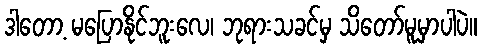
ဒါတော့ မပြောနိုင်ဘူးလေ၊ ဘုရားသခင်မှ သိတော်မူမှာပါပဲ။